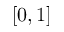
[ 0 , 1 ]